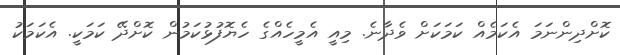
ކޮށްދިންނަމަ އެކަމެއް ކަމަކަށް ވެދާނެ. މިއީ އެމީހެއްގެ ހެޔޮފުޅުކަމުން ކޮށްދޭ ކަމަކީ. އެކަމަކު